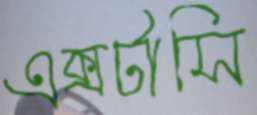
এক্সটাসি